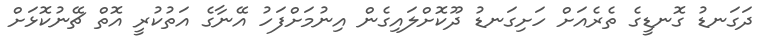
ދަގަނޑު ގޮނޑީގެ ތެރެއަށް ހަށިގަނޑު ދޫކޮށްލައިގެން އިނުމަށްފަހު އޭނާގެ އަތުކުރީ އޮތް ޗޭނުކޮޅަށް